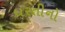
ધરતીનો